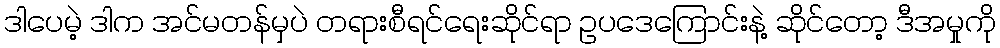
ဒါပေမဲ့ ဒါက အင်မတန်မှပဲ တရားစီရင်ရေးဆိုင်ရာ ဥပဒေကြောင်းနဲ့ ဆိုင်တော့ ဒီအမှုကို